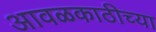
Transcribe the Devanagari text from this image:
आवळकाठीच्या